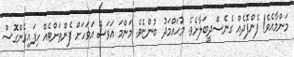
މަންމާއެވެ! ފެންފޮދެއް ގެނެސްދީބަލާށެވެ. މުޙައްމަދު ބުންޏެވެ. މަންމަ އަވަސް އަވަހަށް ފެންތަށްޓެއް ހިފައިގެންގޮސް